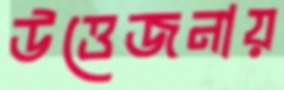
উত্তেজনায়